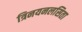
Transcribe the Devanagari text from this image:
त्रिनयनलसिता